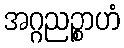
အဂ္ဂညဉ္စာဟံ